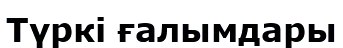
Түркі ғалымдары